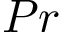
P r